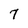
Character: 7